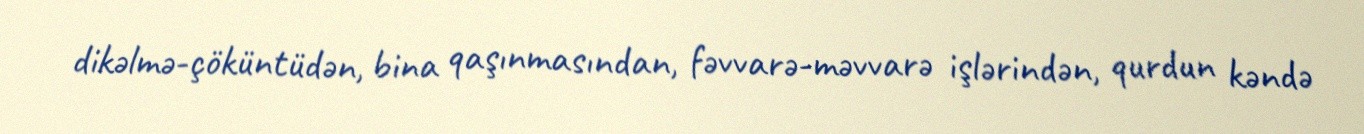
dikəlmə-çöküntüdən, bina qaşınmasından, fəvvarə-məvvarə işlərindən, qurdun kəndə